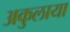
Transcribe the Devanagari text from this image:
अकुलाया